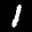
Label: 1